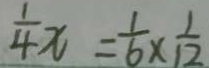
\frac { 1 } { 4 } x = \frac { 1 } { 6 } \times \frac { 1 } { 1 2 }